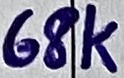
Text: 68K